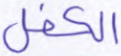
الكفل